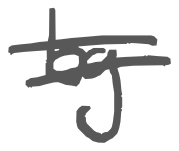
Text: by
Cross-out: double-line
Writing tool: digital_gray